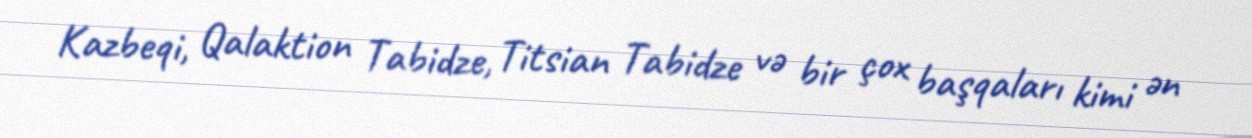
Kazbeqi, Qalaktion Tabidze, Titsian Tabidze və bir çox başqaları kimi ən